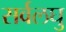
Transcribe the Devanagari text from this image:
सर्वलघु